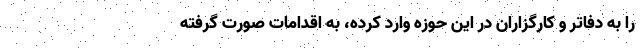
را به دفاتر و کارگزاران در این حوزه وارد کرده، به اقدامات صورت گرفته